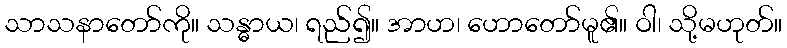
သာသနာတော်ကို။ သန္ဓာယ၊ ရည်၍။ အာဟ၊ ဟောတော်မူ၏။ ဝါ၊ သို့မဟုတ်။